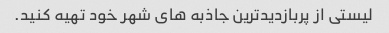
لیستی از پربازدیدترین جاذبه های شهر خود تهیه کنید.